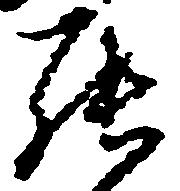
罷